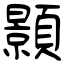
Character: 顥